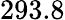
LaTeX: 293.8